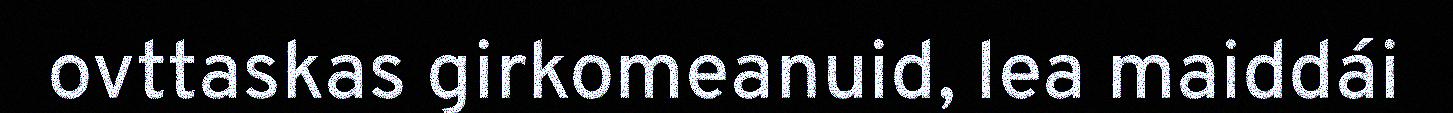
ovttaskas girkomeanuid, lea maiddái